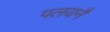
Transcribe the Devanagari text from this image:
पलयनै